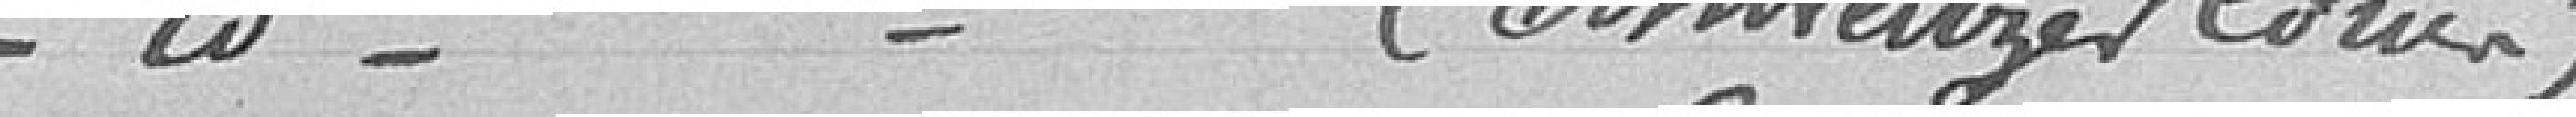
Demande de soutien de famille (Schweitzer Louis)